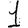
Digit: 1